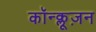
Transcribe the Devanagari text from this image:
कॉन्क्लूज़न